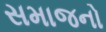
સમાજનો